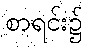
စာရင်း၌